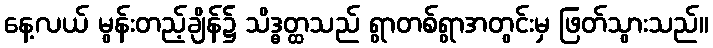
နေ့လယ် မွန်းတည့်ချိန်၌ သိဒ္ဓတ္ထသည် ရွာတစ်ရွာအတွင်းမှ ဖြတ်သွားသည်။